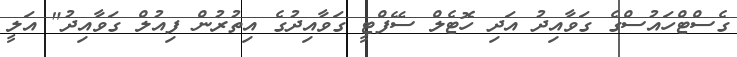
ގެސްޓްހައުސްގެ ގަވާއިދު އަދި ހޮޓެލް ސޭފްޓީ ގަވާއިދުގެ އިތުރުން ފިއުލް ގަވާއިދު" އަލީ